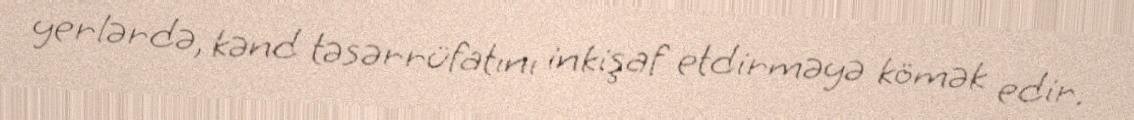
yerlərdə, kənd təsərrüfatını inkişaf etdirməyə kömək edir.